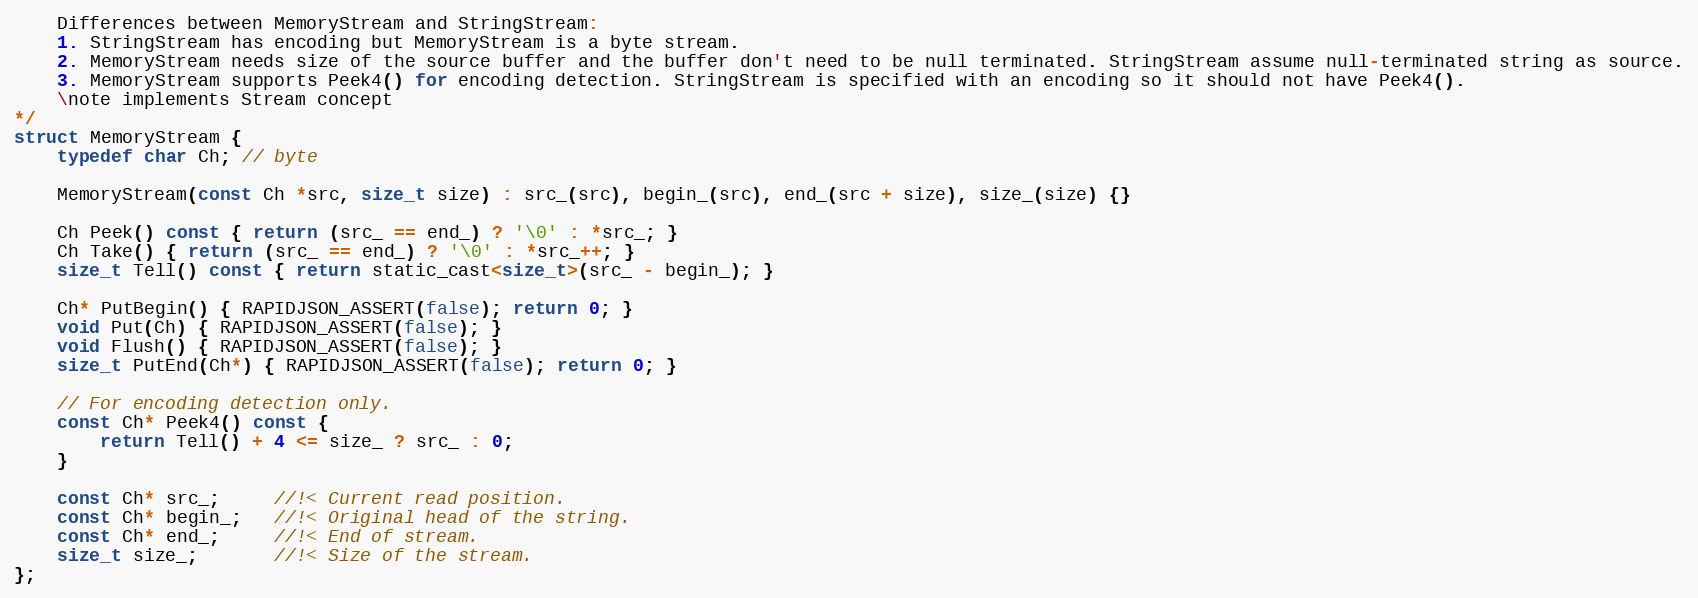
Language: C
    Differences between MemoryStream and StringStream:
    1. StringStream has encoding but MemoryStream is a byte stream.
    2. MemoryStream needs size of the source buffer and the buffer don't need to be null terminated. StringStream assume null-terminated string as source.
    3. MemoryStream supports Peek4() for encoding detection. StringStream is specified with an encoding so it should not have Peek4().
    \note implements Stream concept
*/
struct MemoryStream {
    typedef char Ch; // byte

    MemoryStream(const Ch *src, size_t size) : src_(src), begin_(src), end_(src + size), size_(size) {}

    Ch Peek() const { return (src_ == end_) ? '\0' : *src_; }
    Ch Take() { return (src_ == end_) ? '\0' : *src_++; }
    size_t Tell() const { return static_cast<size_t>(src_ - begin_); }

    Ch* PutBegin() { RAPIDJSON_ASSERT(false); return 0; }
    void Put(Ch) { RAPIDJSON_ASSERT(false); }
    void Flush() { RAPIDJSON_ASSERT(false); }
    size_t PutEnd(Ch*) { RAPIDJSON_ASSERT(false); return 0; }

    // For encoding detection only.
    const Ch* Peek4() const {
        return Tell() + 4 <= size_ ? src_ : 0;
    }

    const Ch* src_;     //!< Current read position.
    const Ch* begin_;   //!< Original head of the string.
    const Ch* end_;     //!< End of stream.
    size_t size_;       //!< Size of the stream.
};